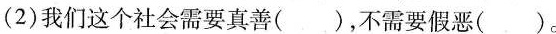
(2)我们这个社会需要真善()，不需要假恶()。